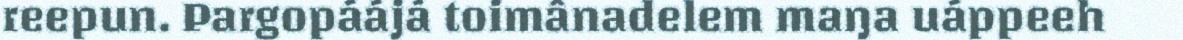
reepun. Pargopáájá toimânadelem maŋa uáppeeh